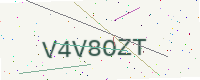
Text: V4V8OZT